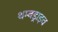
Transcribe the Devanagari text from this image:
थम्बड्राइव